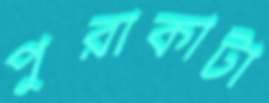
পুরাকাটা